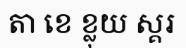
តា ខេ ខ្លុយ ស្គរ